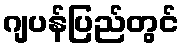
ဂျပန်ပြည်တွင်